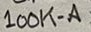
Text: 100K-A